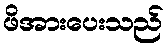
ဖိအားပေးသည်